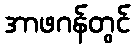
အာဖဂန်တွင်